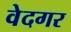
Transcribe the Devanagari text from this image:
वेदगर